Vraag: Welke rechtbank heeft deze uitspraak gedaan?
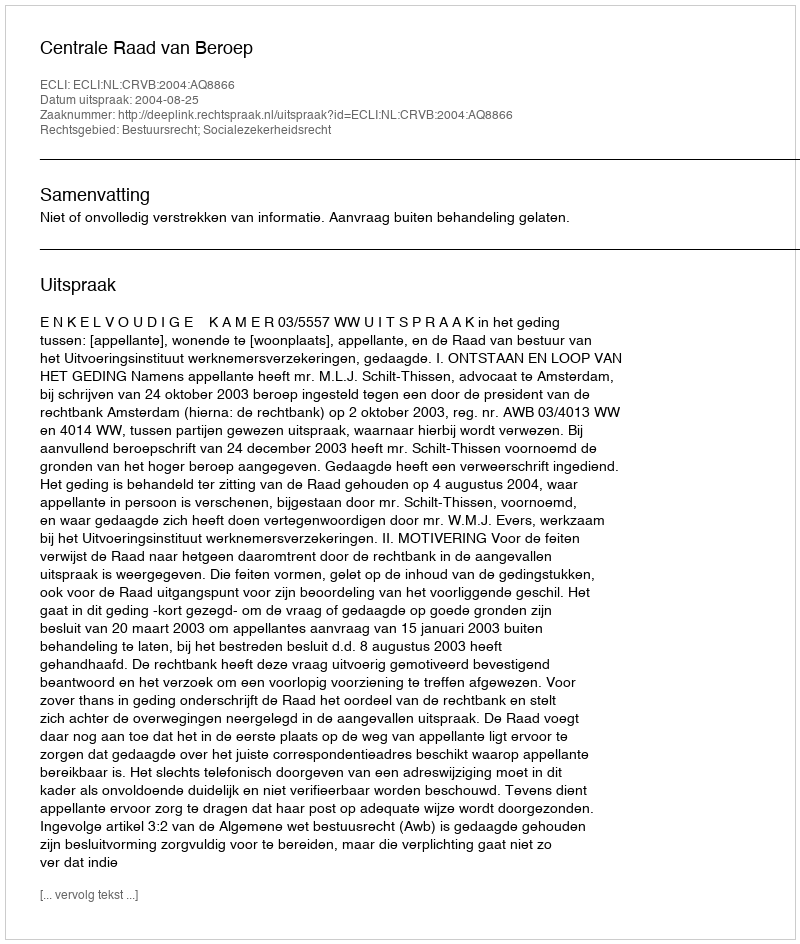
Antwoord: Centrale Raad van Beroep